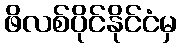
ဖိလစ်ပိုင်နိုင်ငံမှ